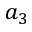
a _ { 3 }